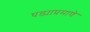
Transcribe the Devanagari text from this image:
घड्याप्रमाणे